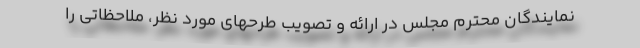
نمایندگان محترم مجلس در ارائه و تصویب طرحهای مورد نظر، ملاحظاتی را